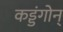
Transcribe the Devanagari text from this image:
कड्डंगोन्